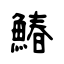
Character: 鰆